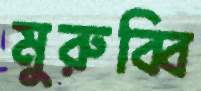
মুরুব্বি